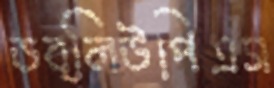
ডব্লিউপিএস